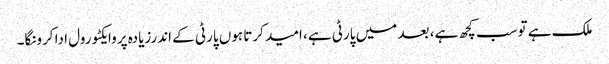
ملک ہے توسب کچھ ہے، بعد میں پارٹی ہے، امید کرتا ہوں پارٹی کے اندرزیادہ پروایکٹو رول ادا کرونگا۔